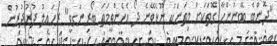
"ދޮންބެ ބޭނުންހާ ގޮތަކަށް މިތަނަކު ނޫޅެވޭނެ ދޯ އެހެންވީމަތަ ބޯރިންގވީ" ރުހައިލު ދުރުދުރުން